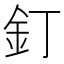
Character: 釘